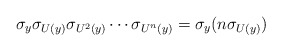
\begin{align*}\sigma_y\sigma_{U(y)}\sigma_{U^2(y)}\cdots\sigma_{U^{n}(y)}=\sigma_y(n\sigma_{U(y)})\end{align*}